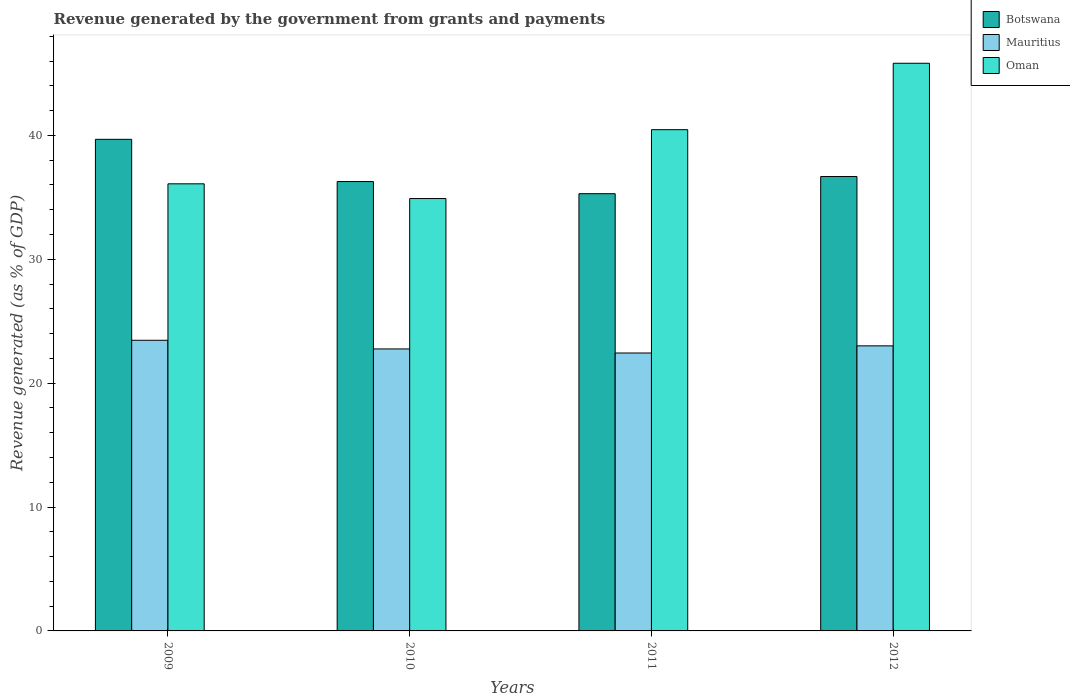
| Years | Botswana | Mauritius | Oman |
 | --- | --- | --- | --- |
 | 2009 | 39.7 | 23.5 | 36.1 |
 | 2010 | 36.3 | 22.8 | 34.9 |
 | 2011 | 35.3 | 22.4 | 40.5 |
 | 2012 | 36.7 | 23 | 45.8 |